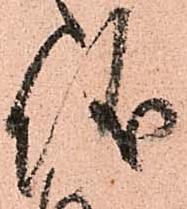
儀